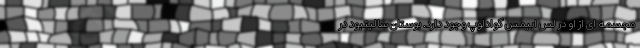
مجسمه ای از او در لس ابیمس گوادلوپ وجود دارد. بوستان سالیتیود در